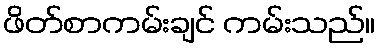
ဖိတ်စာကမ်းချင် ကမ်းသည်။